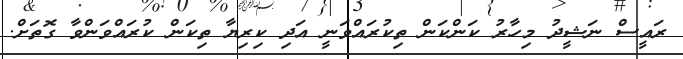
ރައީސް ނަޝީދު މިހާރު ކަންކަން ތިކުރައްވަނީ އަދި ކިރިޔާ ތިކަން ކުރައްވަންވާ ގޮތަށް.